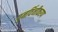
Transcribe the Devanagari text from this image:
पुनर्विनीकरण